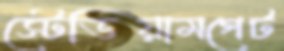
স্টেডিয়ামগেট